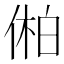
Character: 𫢾